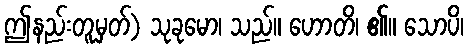
ဤနည်းတူမှတ်) သုခုမော၊ သည်။ ဟောတိ၊ ၏။ သောပိ၊